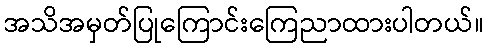
အသိအမှတ်ပြုကြောင်းကြေညာထားပါတယ်။